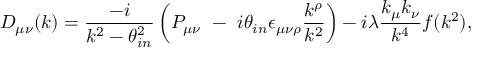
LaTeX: D _ { \mu \nu } ( k ) = \frac { - i } { k ^ { 2 } - \theta _ { i n } ^ { 2 } } \left( P _ { \mu \nu } \, \, - \, \, i \theta _ { i n } \epsilon _ { \mu \nu \rho } \frac { k ^ { \rho } } { k ^ { 2 } } \right) - i \lambda \frac { k _ { \mu } k _ { \nu } } { k ^ { 4 } } f ( k ^ { 2 } ) ,